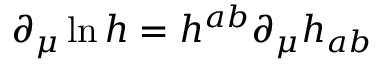
\partial _ { \mu } \ln h = h ^ { a b } \partial _ { \mu } h _ { a b }